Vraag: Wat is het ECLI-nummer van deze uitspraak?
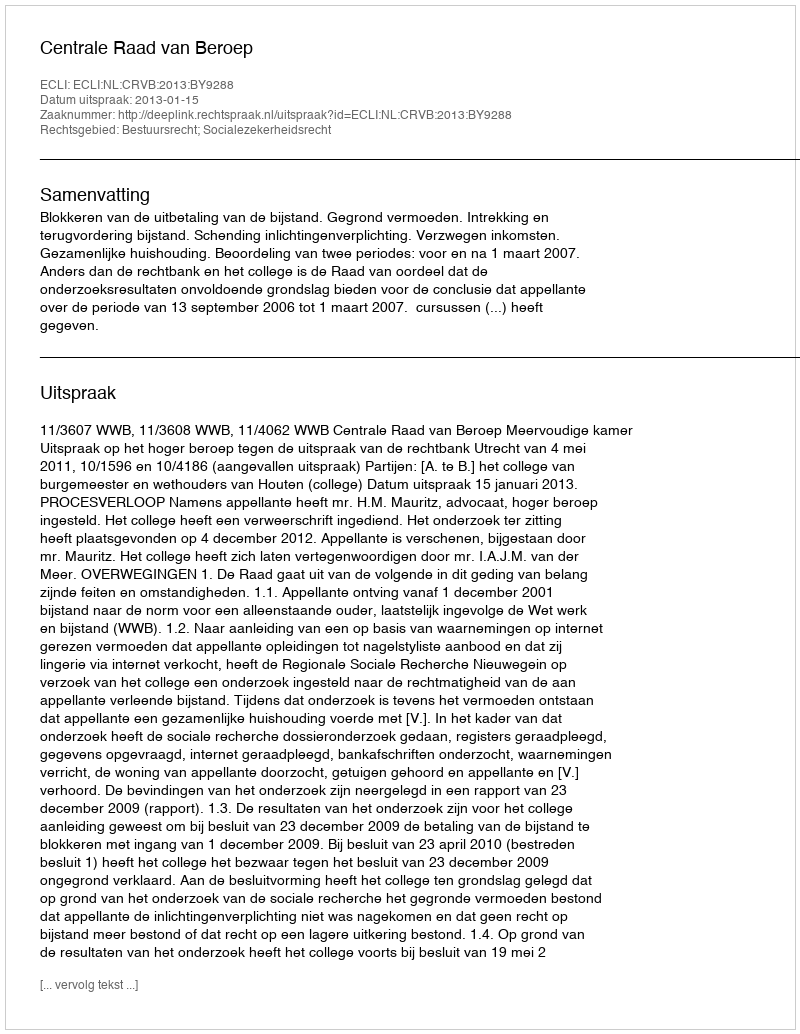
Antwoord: ECLI:NL:CRVB:2013:BY9288